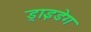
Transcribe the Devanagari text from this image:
ड्राइडेग